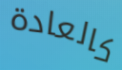
كالعادة